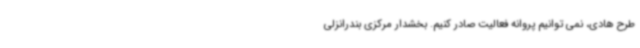
طرح هادی، نمی توانیم پروانه فعالیت صادر کنیم. بخشدار مرکزی بندرانزلی